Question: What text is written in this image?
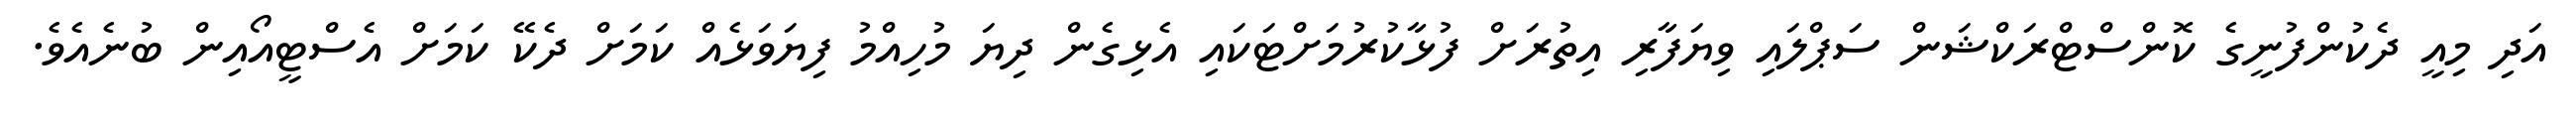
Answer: އަދި މިއީ ދެކުންފުނީގެ ކޮންސްޓްރަކްޝަން ސަޕްލައި ވިޔަފާރި އިތުރަށް ފުޅާކުރުމަށްޓަކައި އެޅިގެން ދިޔަ މުހިއްމު ފިޔަވަޅެއް ކަމަށް ދެކޭ ކަމަށް އެސްޓީއޯއިން ބުނެއެވެ.